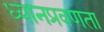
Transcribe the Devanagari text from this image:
ध्यानप्रवणता